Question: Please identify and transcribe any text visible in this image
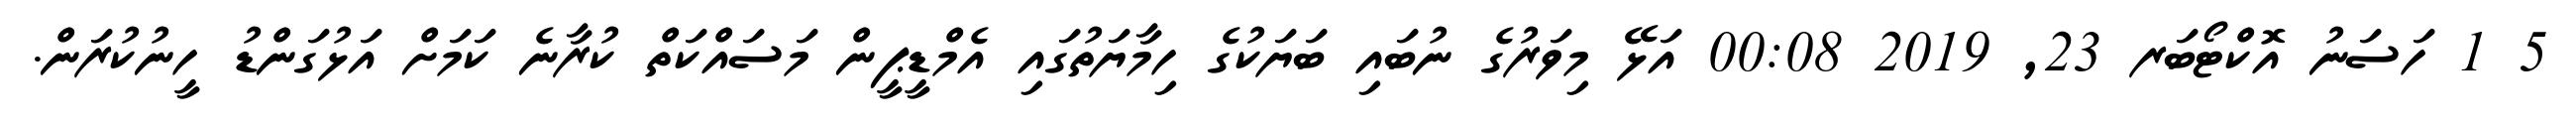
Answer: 5 1 ހަސަނު އޮކްޓޯބަރ 23, 2019 00:08 އަޅޭ މިވަރުގެ ނުބައި ބަޔަކުގެ ހިމާޔަތުގައި އެމްޑީޕީން މަސައްކަތް ކުރާނެ ކަމަށް އަޅުގަންޑު ހީނުކުރަން.